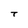
Character: T